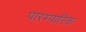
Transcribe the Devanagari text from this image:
पारम्पारिक